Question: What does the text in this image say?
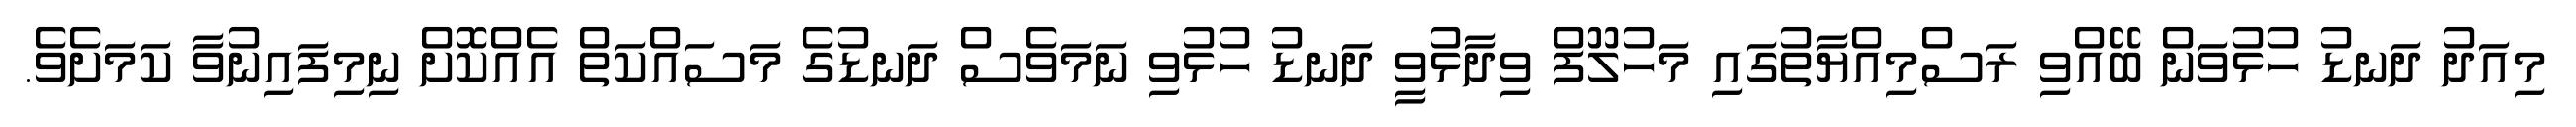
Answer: މިއަދު ދަނޑު ހުޅުވަން ބޭއްވި ރަސްމިއްޔާތުގައި މަހުލޫފް ވިދާޅުވީ ދަނޑު ހުޅުވި ނަމަވެސް ދަނޑުގެ މަސައްކަތް އެއްކޮށް ނިމިފައިނުވާ ކަމަށެވެ.